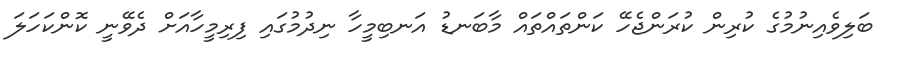
ބަލިވެއިނުމުގެ ކުރިން ކުރަންޖެހޭ ކަންތައްތައް މާބަނޑު އަނބިމީހާ ނިދުމުގައި ފިރިމީހާއަށް ދެވޭނީ ކޮންކަހަލަ